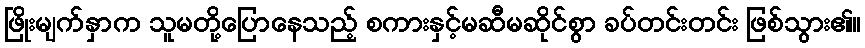
ဖြိုးမျက်နှာက သူမတို့ပြောနေသည့် စကားနှင့်မဆီမဆိုင်စွာ ခပ်တင်းတင်း ဖြစ်သွား၏။